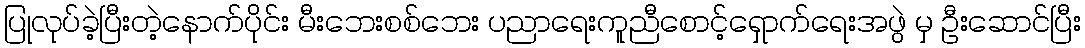
ပြုလုပ်ခဲ့ပြီးတဲ့နောက်ပိုင်း မီးဘေးစစ်ဘေး ပညာရေးကူညီစောင့်ရှောက်ရေးအဖွဲ မှ ဦးဆောင်ပြီး